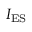
I _ { \mathrm { E S } }